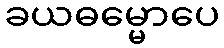
ခယဓမ္မောပေ